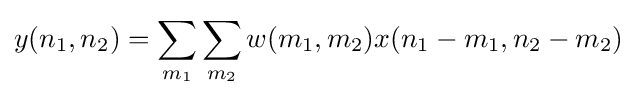
y(n_{1},n_{2})=\sum _{m_{1}}\sum _{m_{2}}w(m_{1},m_{2})x(n_{1}-m_{1},n_{2}-m_{2})